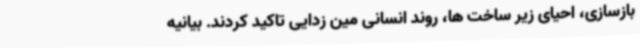
بازسازی، احیای زیر ساخت ها، روند انسانی مین زدایی تاکید کردند. بیانیه